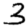
Digit: 3